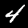
Label: 4